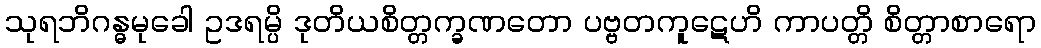
သုရဘိဂန္ဓမုခေါ ဥဒရမ္ပိ ဒုတိယစိတ္တက္ခဏတော ပဗ္ဗတကူဋေဟိ ကာပတ္တိ စိတ္တာစာရော